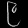
Digit: ၉